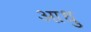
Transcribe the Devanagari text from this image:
आधु